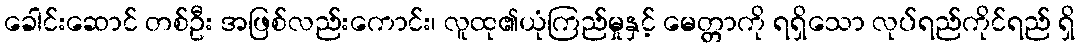
ခေါင်းဆောင် တစ်ဦး အဖြစ်လည်းကောင်း၊ လူထု၏ယုံကြည်မှုနှင့် မေတ္တာကို ရရှိသော လုပ်ရည်ကိုင်ရည် ရှိ